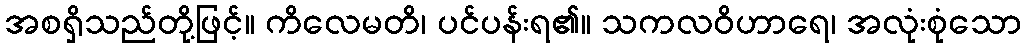
အစရှိသည်တို့ဖြင့်။ ကိလေမတိ၊ ပင်ပန်းရ၏။ သကလဝိဟာရေ၊ အလုံးစုံသော